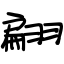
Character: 翩